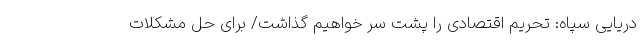
دریایی سپاه: تحریم اقتصادی را پشت سر خواهیم گذاشت/ برای حل مشکلات